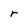
Character: r